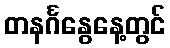
တနင်္ဂနွေနေ့တွင်